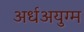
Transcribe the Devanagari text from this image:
अर्धअयुग्म